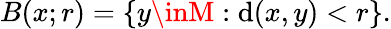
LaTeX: B(x;r)=\{ y\inM:\mathrm{d}(x,y)<r\} .